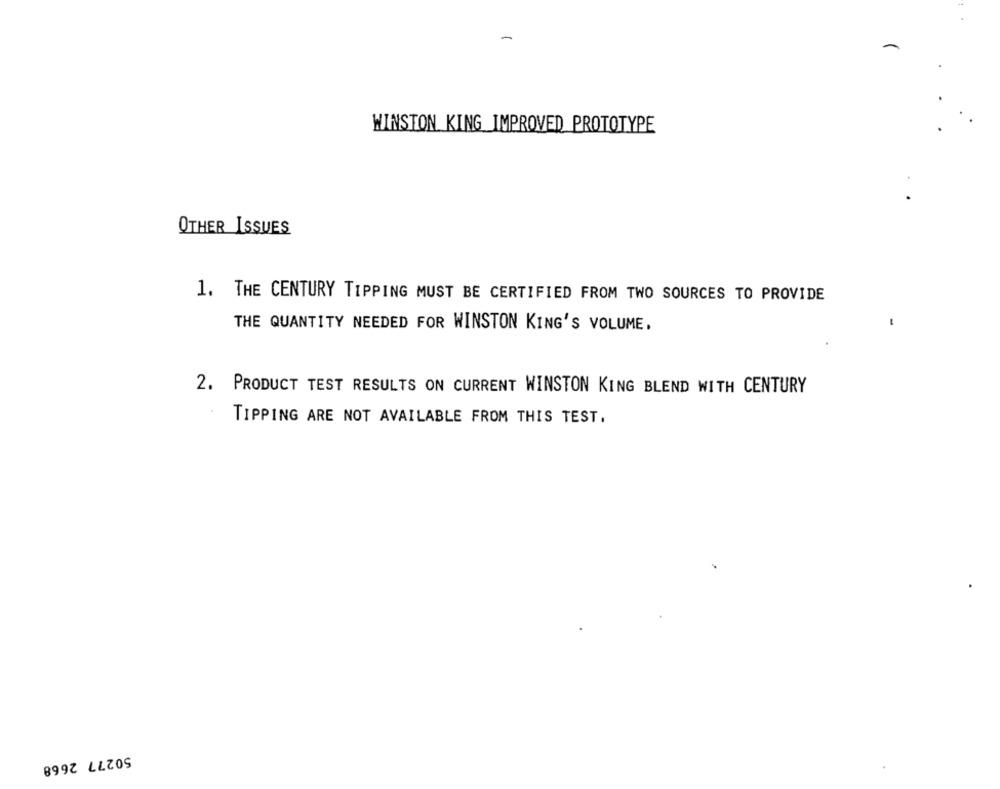
-
WINSTON KING IMPROVED PROTOTYPE
OTHER ISSUES
1. THE CENTURY TIPPING MUST BE CERTIFIED FROM TWO SOURCES TO PROVIDE
THE QUANTITY NEEDED FOR WINSTON KING'S VOLUME.
2. PRODUCT TEST RESULTS ON CURRENT WINSTON KING BLEND WITH CENTURY
TIPPING ARE NOT AVAILABLE FROM THIS TEST.
50277 2668